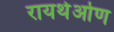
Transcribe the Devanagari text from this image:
रायथेओण